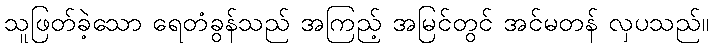
သူဖြတ်ခဲ့သော ရေတံခွန်သည် အကြည့် အမြင်တွင် အင်မတန် လှပသည်။